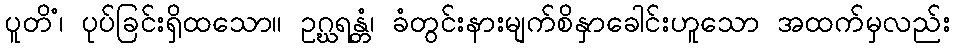
ပူတိံ၊ ပုပ်ခြင်းရှိထသော။ ဥဂ္ဃရန္တံ၊ ခံတွင်းနားမျက်စိနှာခေါင်းဟူသော အထက်မှလည်း